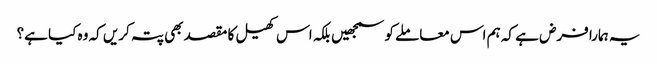
یہ ہمارا فرض ہے کہ ہم اس معاملے کو سمجھیں بلکہ اس کھیل کا مقصد بھی پتہ کریں کہ وہ کیا ہے؟